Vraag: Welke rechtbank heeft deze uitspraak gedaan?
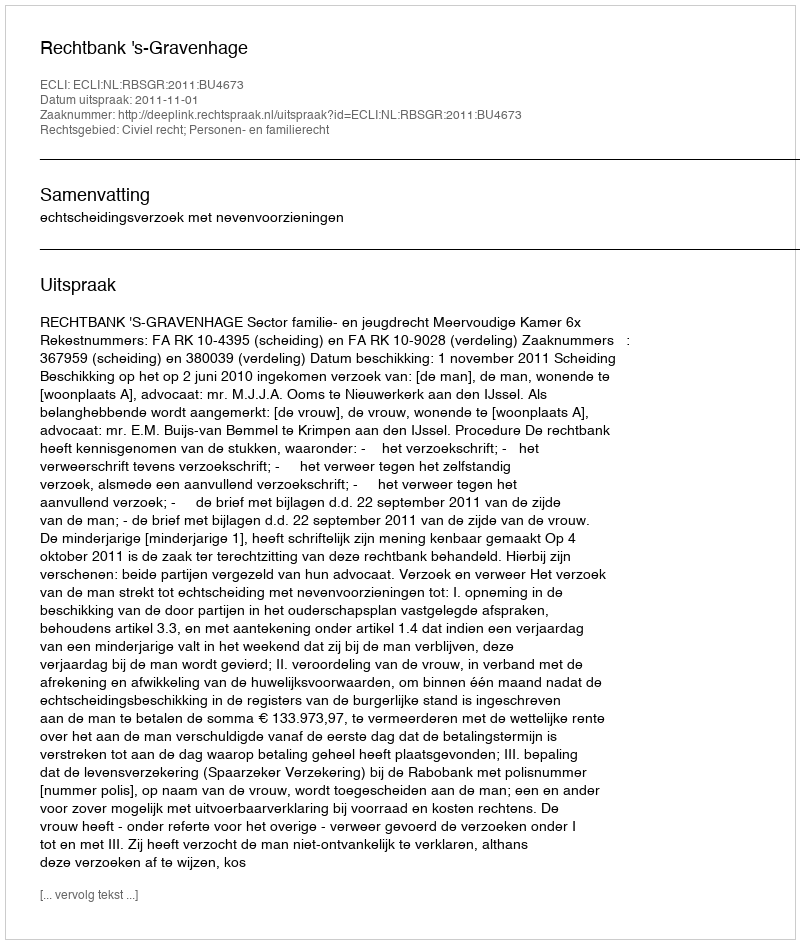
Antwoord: Rechtbank 's-Gravenhage